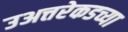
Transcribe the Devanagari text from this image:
उअत्तरेकडच्या